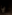
يا